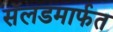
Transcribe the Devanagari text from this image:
सॅलडमार्फत